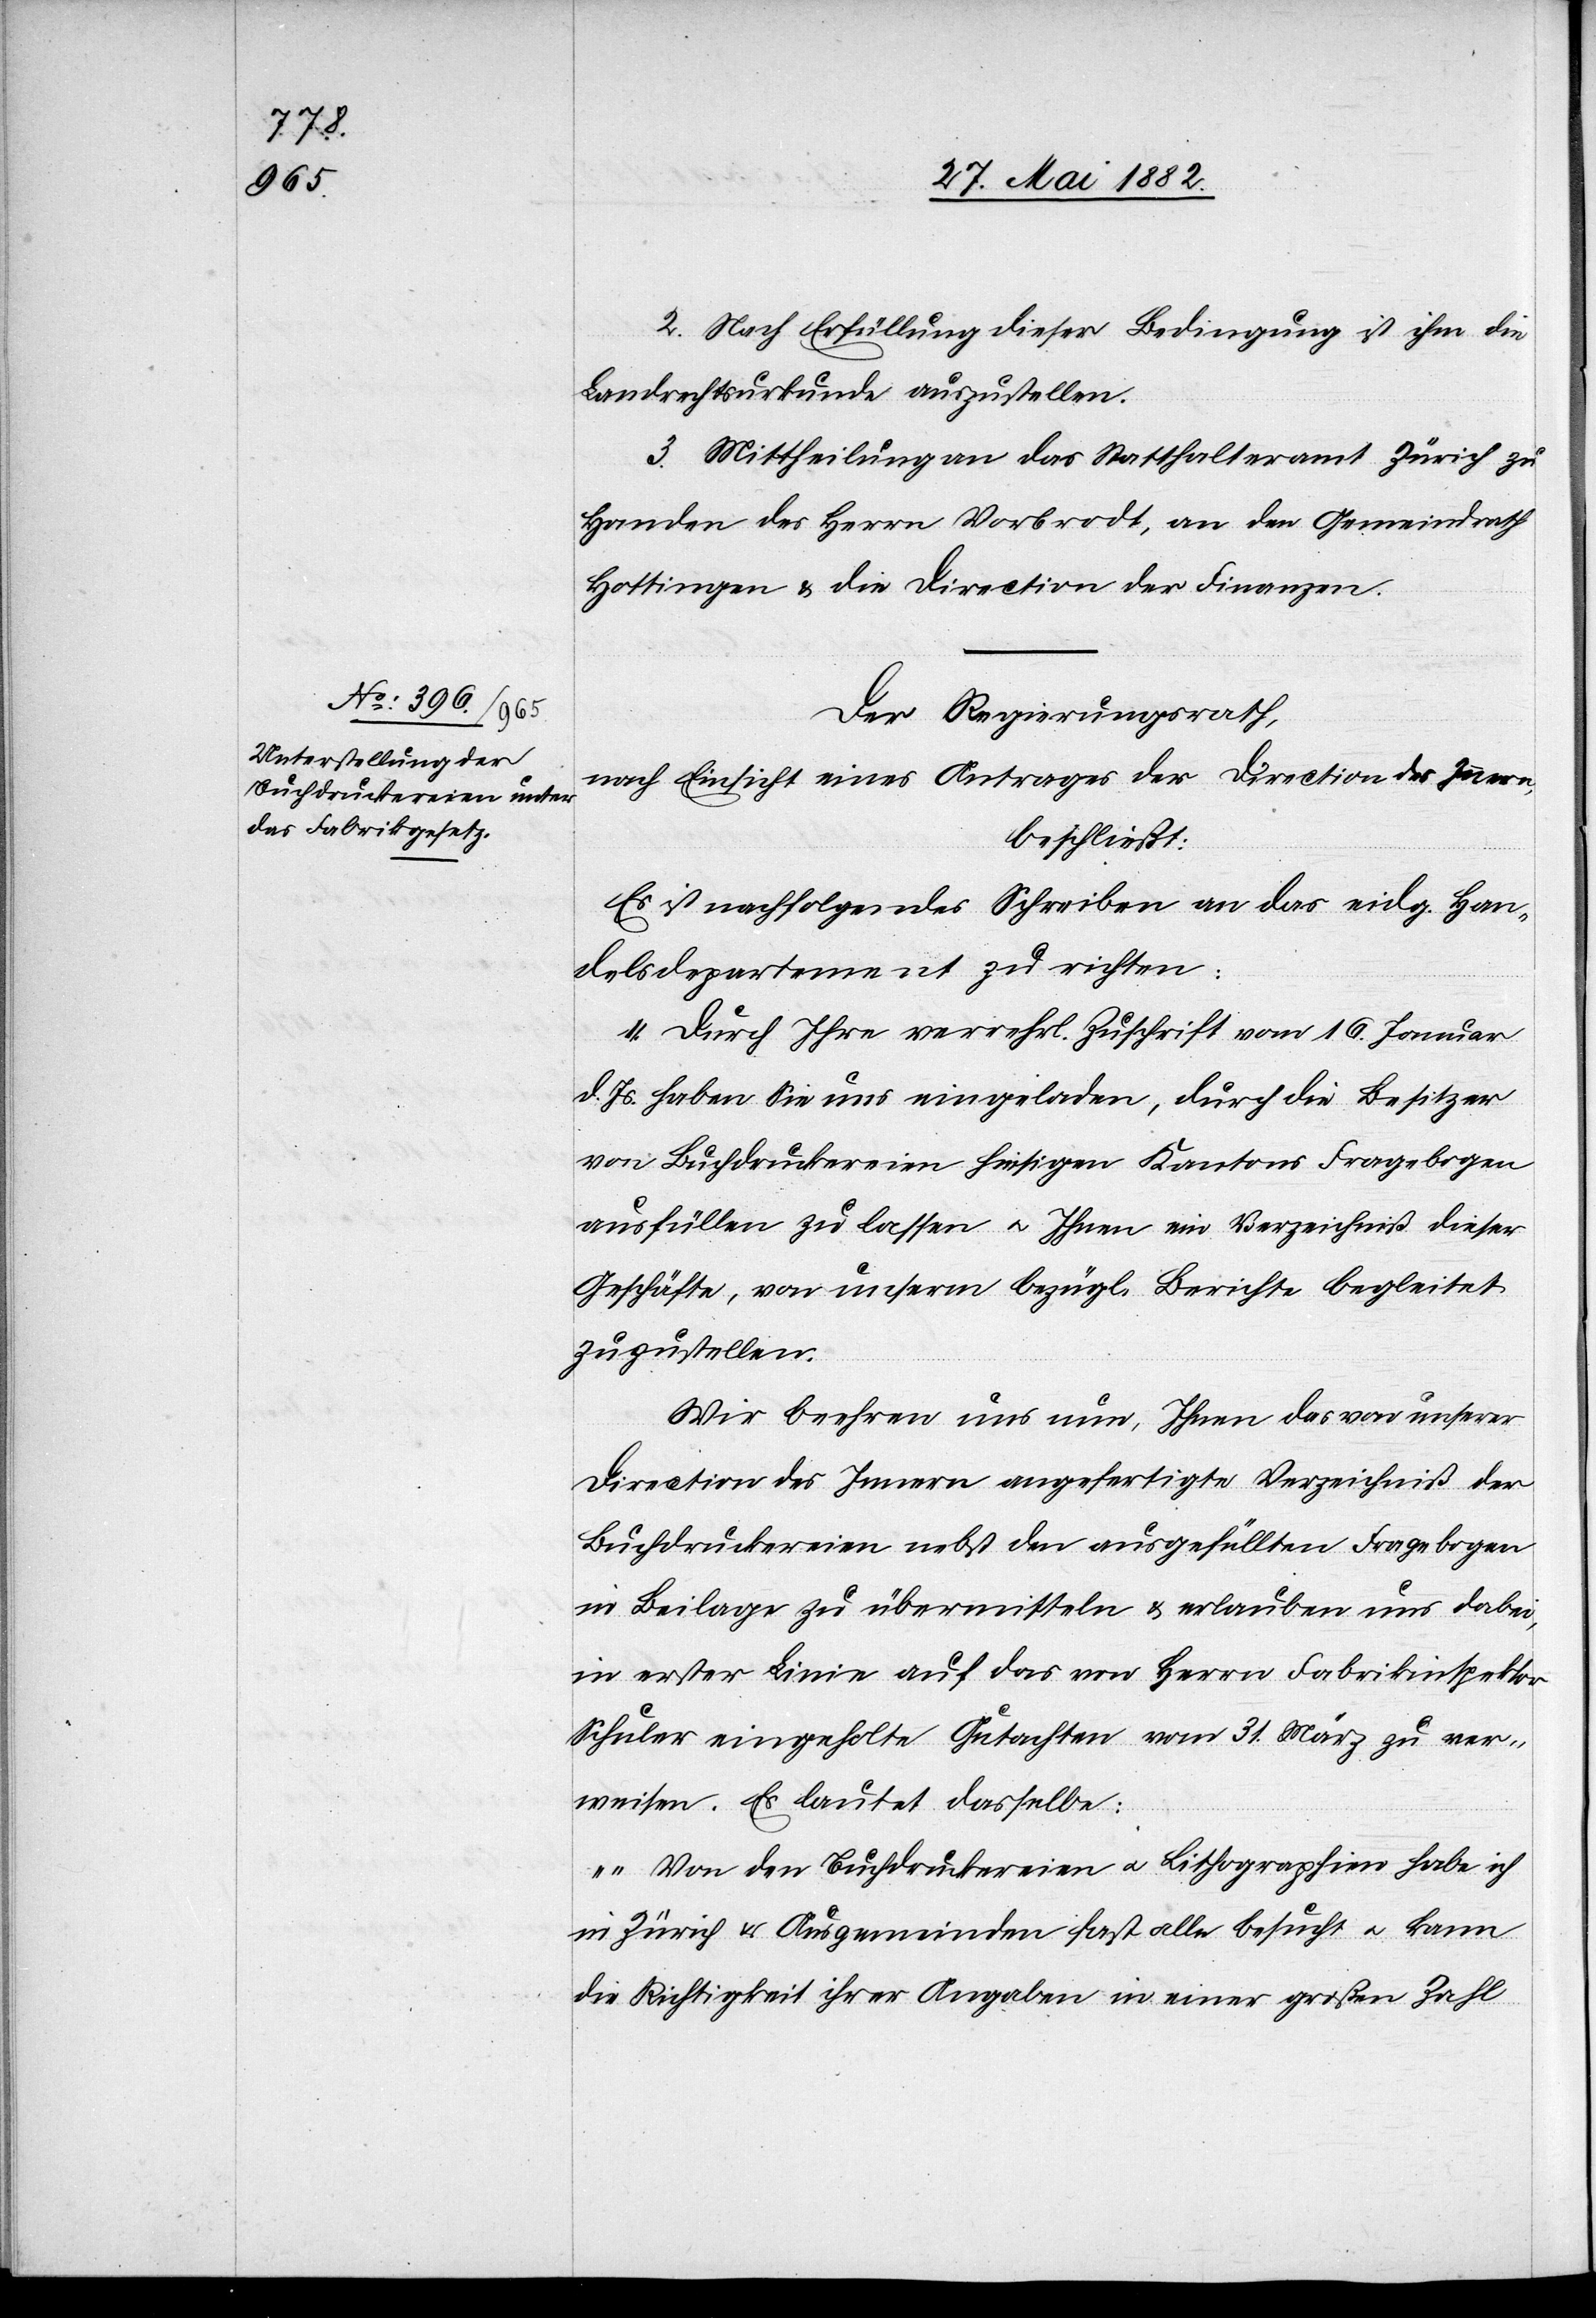
2. Nach Erfüllung dieser Bedingung ist ihm die
Landrechtsurkunde auszustellen.
3. Mittheilung an das Statthalteramt Zürich zu
Handen des Herrn Vorbrodt, an den Gemeindrath
Hottingen & die Direction der Finanzen.
Der Regierungsrath,
nach Einsicht eines Antrages der Direction des Innern,
beschließt:
Es ist nachfolgendes Schreiben an das eidg. Han¬
delsdepartement zu richten:
„Durch Ihre verrehrl. [sic!] Zuschrift vom 16. Januar
d. Js. haben Sie uns eingeladen, durch die Besitzer
von Buchdruckereien hiesigen Kantons Fragebogen
ausfüllen zu lassen u. Ihnen ein Verzeichniß dieser
Geschäfte, von unserm bezügl. Berichte begleitet
zuzustellen.
Wir beehren uns nun, Ihnen das von unserer
Direction des Innern angefertigte Verzeichniß der
Buchdruckereien nebst den ausgefüllten Fragebogen
in Beilage zu übermitteln & erlauben uns dabei,
in erster Linie auf das von Herrn Fabrikinspektor
Schuler eingeholte Gutachten vom 31. März zu ver¬
weisen. Es lautet dasselbe:
„Von den Buchdruckereien u. Lithographien habe ich
in Zürich & Ausgemeinden fast alle besucht u. kann
die Richtigkeit ihrer Angaben in einer großen Zahl